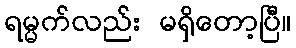
ရမ္မက်လည်း မရှိတော့ပြီ။